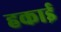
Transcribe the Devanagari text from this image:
हकाई